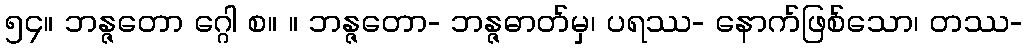
၅၄။ ဘန္ဇတော ဂ္ဂေါ စ။ ။ ဘန္ဇတော- ဘန္ဇဓာတ်မှ၊ ပရဿ- နောက်ဖြစ်သော၊ တဿ-